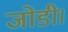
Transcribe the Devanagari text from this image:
जोडी।